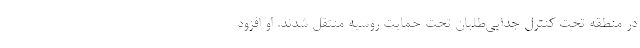
در منطقه تحت کنترل جدایی‌طلبان تحت حمایت روسیه منتقل شدند. او افزود